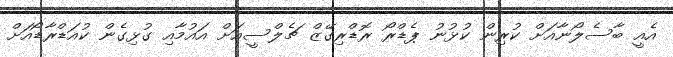
އެއީ ބާސެލޯނާއަށް ކުރިން ކުޅުނު ޕެޑްރޯ ރޮޑްރިގޭޒް ޗެލްސީއަށް އައުމާއި ގުޅިގެން ކުއަޑްރާޑޯއަށް